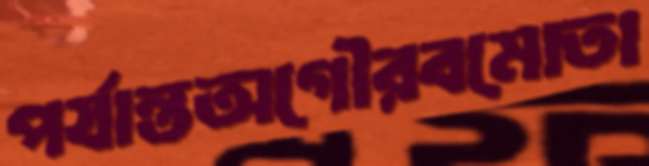
পর্যান্তঅগৌরবমোতা